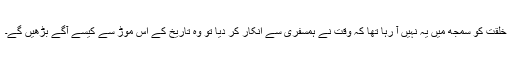
خلقت کو سمجھ میں یہ نہیں آ رہا تھا کہ وقت نے ہمسفری سے انکار کر دیا تو وہ تاریخ کے اس موڑ سے کیسے آگے بڑھیں گے۔